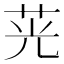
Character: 茪